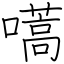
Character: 嚆